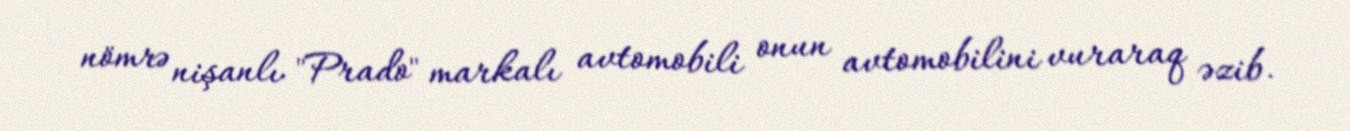
nömrə nişanlı "Prado" markalı avtomobili onun avtomobilini vuraraq əzib.